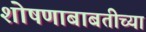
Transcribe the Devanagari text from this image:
शोषणाबाबतीच्या